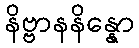
နိဗ္ဗာနနိန္နော